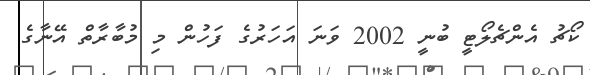
ކޯޗު އެންޗެލޯޓީ ބުނީ 2002 ވަނަ އަހަރުގެ ފަހުން މި މުބާރާތް އޭނާގެ